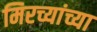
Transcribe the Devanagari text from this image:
मिरच्यांच्या